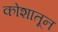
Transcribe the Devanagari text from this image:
कोशातून